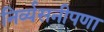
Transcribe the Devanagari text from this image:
निर्व्यसनीपणा